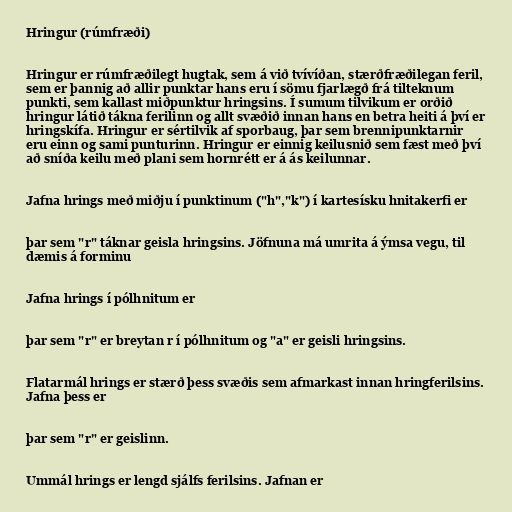
Hringur (rúmfræði)

Hringur er rúmfræðilegt hugtak, sem á við tvívíðan, stærðfræðilegan feril,
sem er þannig að allir punktar hans eru í sömu fjarlægð frá tilteknum
punkti, sem kallast miðpunktur hringsins. Í sumum tilvikum er orðið
hringur látið tákna ferilinn og allt svæðið innan hans en betra heiti á því er
hringskífa. Hringur er sértilvik af sporbaug, þar sem brennipunktarnir
eru einn og sami punturinn. Hringur er einnig keilusnið sem fæst með því
að sníða keilu með plani sem hornrétt er á ás keilunnar.

Jafna hrings með miðju í punktinum ("h","k") í kartesísku hnitakerfi er

þar sem "r" táknar geisla hringsins. Jöfnuna má umrita á ýmsa vegu, til
dæmis á forminu

Jafna hrings í pólhnitum er

þar sem "r" er breytan r í pólhnitum og "a" er geisli hringsins.

Flatarmál hrings er stærð þess svæðis sem afmarkast innan hringferilsins.
Jafna þess er

þar sem "r" er geislinn.

Ummál hrings er lengd sjálfs ferilsins. Jafnan er